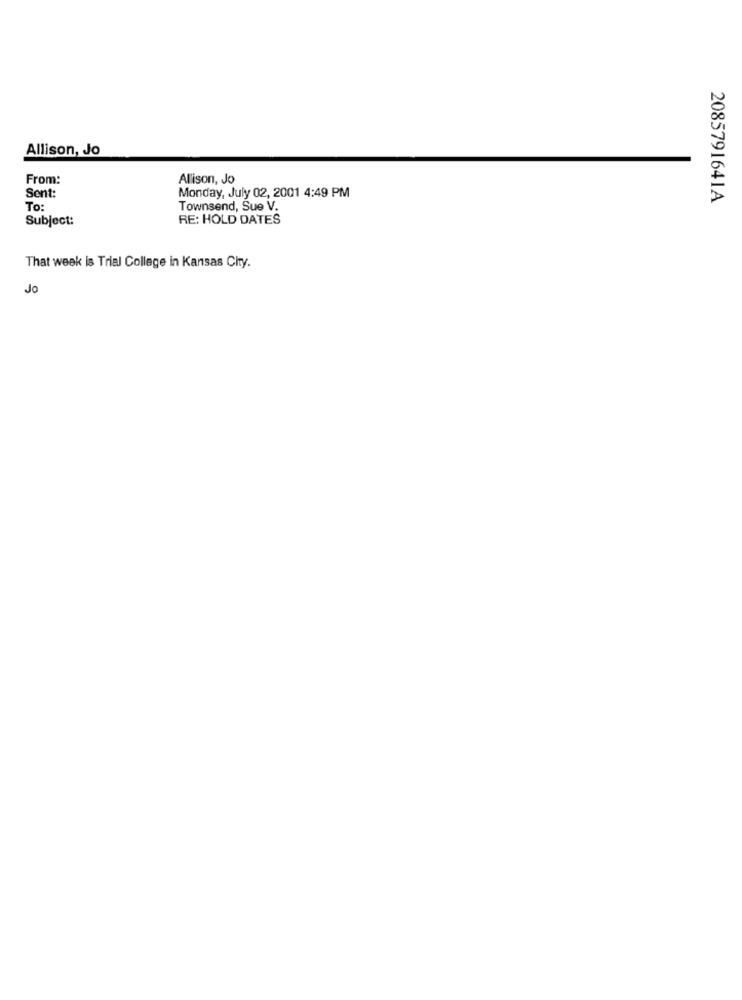
Allison, Jo
From:
Allison, Jo
Sent:
Monday, July 02, 2001 4:49 PM
2085791641A
To:
Townsend, Sue V.
Subject:
RE: HOLD DATES
That week is Trial College in Kansas City.
JO